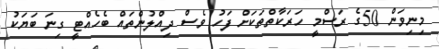
މިނިވަން 50ގެ ރަސްމީ ހަރަކާތްތަކަށް ފަހު ވެސް ދިއްލުންތައް ބެހެއްޓީ ގިނަ ބަޔަކު